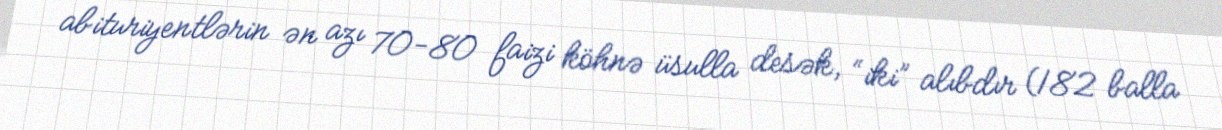
abituriyentlərin ən azı 70-80 faizi köhnə üsulla desək, “iki” alıbdır (182 balla